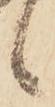
候